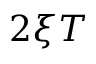
2 \xi T